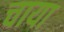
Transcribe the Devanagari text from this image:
चाया